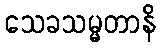
သေခသမ္မတာနိ